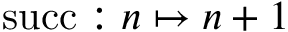
\mathrm { s u c c } : n \mapsto n + 1